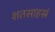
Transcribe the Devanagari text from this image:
शतसाहस्रं